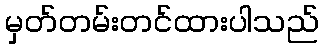
မှတ်တမ်းတင်ထားပါသည်